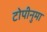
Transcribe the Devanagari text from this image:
टोपीनुमा